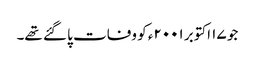
جو ۱۷ اکتوبر ۲۰۰۱ء کو وفات پا گئے تھے۔